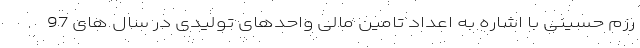
رزم حسینی با اشاره به اعداد تامین مالی واحدهای تولیدی در سال های 97